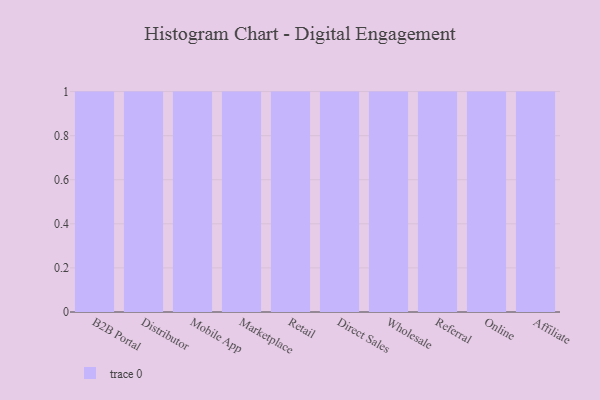
{"axis": {"x": "Channel", "y": "Satisfaction Score"}, "legend": [""], "data": [{"x": "B2B Portal", "y": 86, "type": ""}, {"x": "Distributor", "y": 25, "type": ""}, {"x": "Mobile App", "y": 12, "type": ""}, {"x": "Marketplace", "y": 52, "type": ""}, {"x": "Retail", "y": 27, "type": ""}, {"x": "Direct Sales", "y": 18, "type": ""}, {"x": "Wholesale", "y": 37, "type": ""}, {"x": "Referral", "y": 7, "type": ""}, {"x": "Online", "y": 9, "type": ""}, {"x": "Affiliate", "y": 3, "type": ""}]}